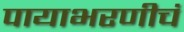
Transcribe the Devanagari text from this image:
पायाभरणीचं